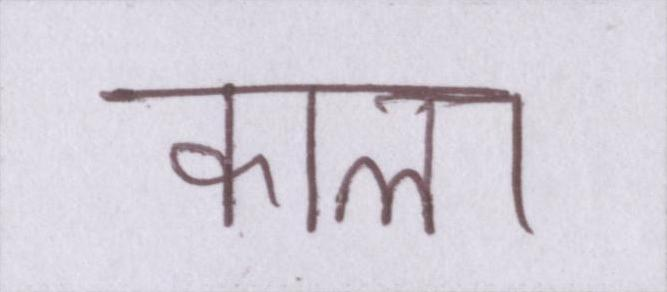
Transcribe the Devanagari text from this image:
काला